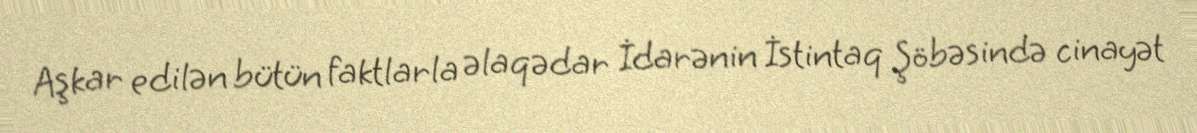
Aşkar edilən bütün faktlarla əlaqədar İdarənin İstintaq Şöbəsində cinayət